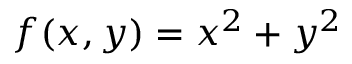
f ( x , y ) = x ^ { 2 } + y ^ { 2 }